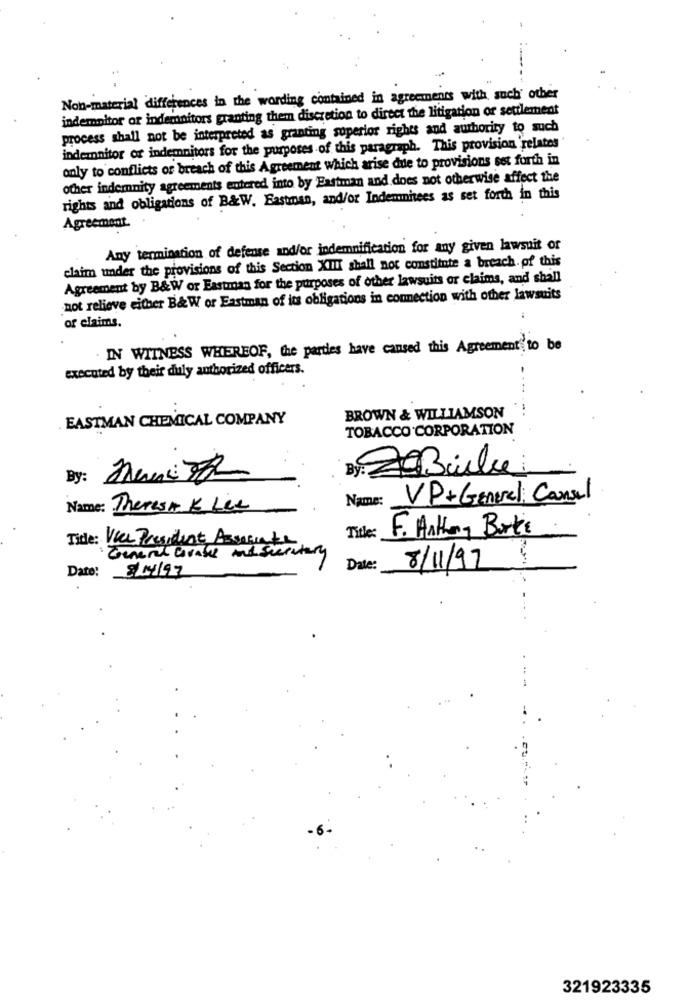
Non-material differences in the wording contained in agreements with such' other
indemnitor or indemnitors granting them discretion to direct the litigation or settlement
process shall not be interpreted as granting superior rights and authority to such
indemnitor of indemnitors for the purposes of this paragraph. This provision relates
only to conflicts or breach of this Agreement which arise due to provisions set forth in
other indemnity agreements entered into by Eastman and does not otherwise affect the
rights and obligations of B&W. Eastman, and/or Indemminees as set forth in this
Agreement.
Any termination of defense and/or indemnification for any given lawsuit or
claim under the provisions of this Section XIIII shall not constitute a breach.of this
Agreement by B&W or Eastman for the purposes of other lawsuits or claims, and shall
-not relieve either B& W or Eastman of its obligations in connection with other lawsuits
of claims.
. IN WITNESS WHEREOF, the pardes have caused this Agreement to be
executed by their duly authorized officers.
EASTMAN CHEMICAL COMPANY
BROWN & WILLIAMSON
TOBACCO CORPORATION
By: 20 Binlui
Name:
VP +General Counsel
Name: Theresa K Lee
Tide: Vice President Associate
Title:
F. Anthony Burks
General Grass And Sieritary
8/11/97
Date:
8/04/97
Date:
321923335